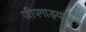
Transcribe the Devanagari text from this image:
जीपगाड्यांतून